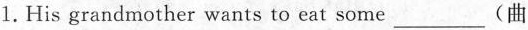
1.His grandmother wants to eat some___(曲